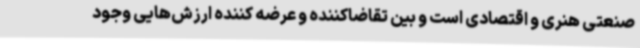
صنعتی هنری و اقتصادی است و بین تقاضاکننده و عرضه کننده ارزش‌هایی وجود